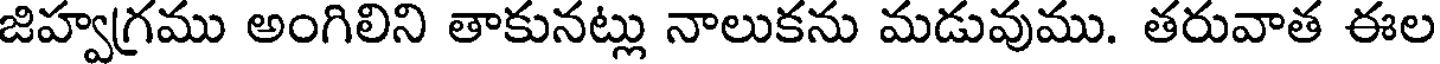
జిహ్వగ్రము అంగిలిని తాకునట్లు నాలుకను మడువుము. తరువాత ఈల